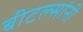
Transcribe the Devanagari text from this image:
बीटल्सांनी